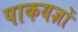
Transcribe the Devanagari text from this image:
पाकयज्ञों